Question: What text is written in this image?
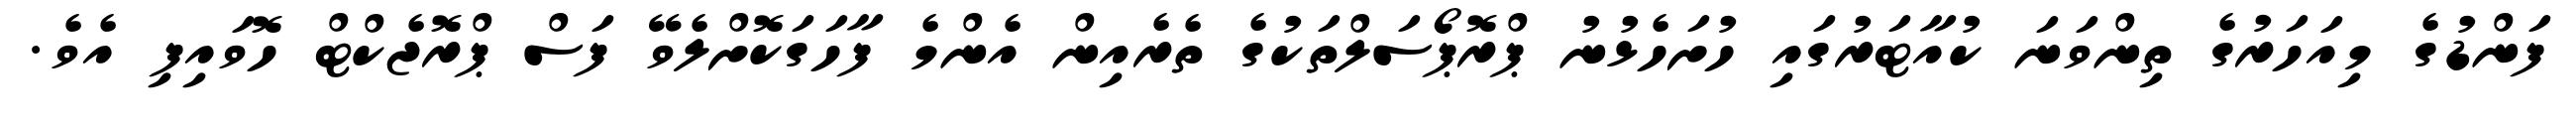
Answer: ފަންޑުގެ މިއަހަރުގެ ތިންވަނަ ކުއާޓަރުގައި ހުށަހެޅުނު ޕްރޮޕޯސަލްތަކުގެ ތެރެއިން އެންމެ ފާހަގަކޮށްލެވޭ ފަސް ޕްރޮޖެކްޓް ހޮވައިފި އެވެ.